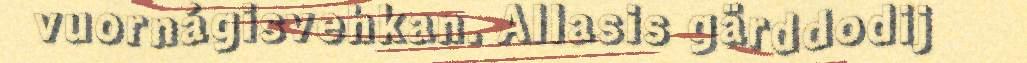
vuornágisvehkan. Allasis gärddodij